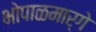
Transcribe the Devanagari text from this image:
भोपाळमार्गे